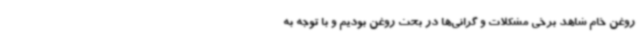
روغن خام شاهد برخی مشکلات و گرانی‌ها در بحث روغن بودیم و با توجه به